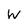
Character: W